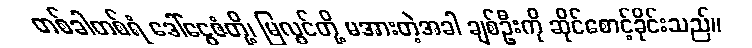
တစ်ခါတစ်ရံ ဒေါ်ငွေဇံတို့၊ မြလွင်တို့ မအားတဲ့အခါ ချစ်ဦးကို ဆိုင်စောင့်ခိုင်းသည်။